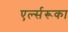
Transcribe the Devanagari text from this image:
एर्ल्सरूका